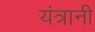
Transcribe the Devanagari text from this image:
यंत्रानी